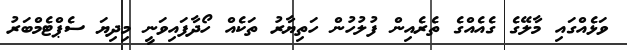
ވަޅެއްގައި މާލޭގެ ގެއެއްގެ ތެރެއިން ފުލުހުން ހަތިޔާރު ތަކެއް ހޯދާފައިވަނީ މިދިޔަ ސެޕްޓެމްބަރު